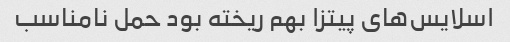
اسلایس‌های پیتزا بهم ریخته بود حمل نامناسب